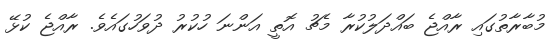
މުބާރާތުގައި ރާއްޖެ ބައްދަލުކުރާ މެޗު އޮތީ އަންނަ ހުކުރު ދުވަހުގައެވެ. ރާއްޖެ ކުޅޭ